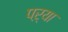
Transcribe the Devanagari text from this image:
पऱ्या